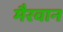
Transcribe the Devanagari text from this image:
मैरवान